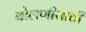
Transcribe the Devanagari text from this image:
बोलणीसाठी